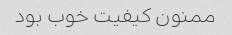
ممنون کیفیت خوب بود